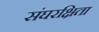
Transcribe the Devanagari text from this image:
संघरक्षिता